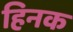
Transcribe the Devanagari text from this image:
हिनक